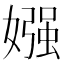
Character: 𡠤